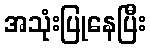
အသုံးပြုနေပြီး